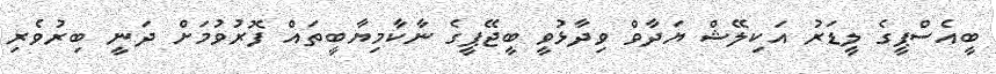
ބީއެސްޕީގެ ލީޑަރު އަކިލޭޝް ޔަދާވް ވިދާޅުވީ ބީޖޭޕީގެ ނާކާމިޔާބީތައް ފޮރުވުމަށް ދަނީ ބިރުވެރި